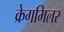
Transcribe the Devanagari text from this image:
क्रेगमिलर